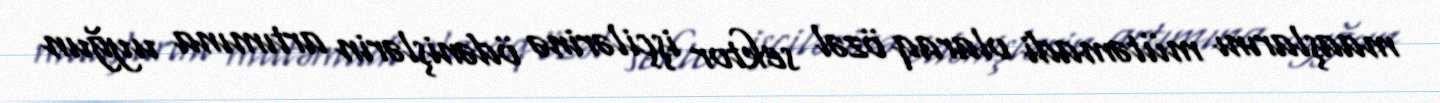
maaşlarını mütəmadi olaraq özəl sektor işçilərinə ödənişlərin artımına uyğun